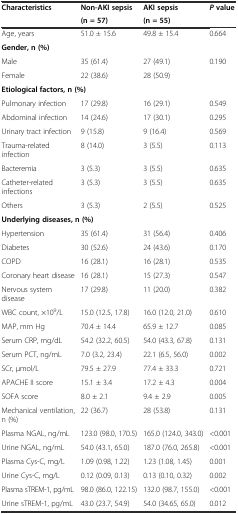
<table><thead><tr><td rowspan="2"><b>Characteristics</b></td><td><b>Non-AKI sepsis</b></td><td><b>AKI sepsis</b></td><td rowspan="2"><b><i>P</i>value</b></td></tr><tr><td><b>(n = 57)</b></td><td><b>(n = 55)</b></td></tr></thead><tbody><tr><td>Age, years</td><td>51.0 ± 15.6</td><td>49.8 ± 15.4</td><td>0.664</td></tr><tr><td colspan="4"><b>Gender, n (%)</b></td></tr><tr><td>Male</td><td>35 (61.4)</td><td>27 (49.1)</td><td rowspan="2">0.190</td></tr><tr><td>Female</td><td>22 (38.6)</td><td>28 (50.9)</td></tr><tr><td colspan="4"><b>Etiological factors, n (%)</b></td></tr><tr><td>Pulmonary infection</td><td>17 (29.8)</td><td>16 (29.1)</td><td>0.549</td></tr><tr><td>Abdominal infection</td><td>14 (24.6)</td><td>17 (30.1)</td><td>0.295</td></tr><tr><td>Urinary tract infection</td><td>9 (15.8)</td><td>9 (16.4)</td><td>0.569</td></tr><tr><td>Trauma-related infection</td><td>8 (14.0)</td><td>3 (5.5)</td><td>0.113</td></tr><tr><td>Bacteremia</td><td>3 (5.3)</td><td>3 (5.5)</td><td>0.635</td></tr><tr><td>Catheter-related infections</td><td>3 (5.3)</td><td>3 (5.5)</td><td>0.635</td></tr><tr><td>Others</td><td>3 (5.3)</td><td>2 (5.5)</td><td>0.525</td></tr><tr><td colspan="4"><b>Underlying diseases, n (%)</b></td></tr><tr><td>Hypertension</td><td>35 (61.4)</td><td>31 (56.4)</td><td>0.406</td></tr><tr><td>Diabetes</td><td>30 (52.6)</td><td>24 (43.6)</td><td>0.170</td></tr><tr><td>COPD</td><td>16 (28.1)</td><td>16 (28.1)</td><td>0.535</td></tr><tr><td>Coronary heart disease</td><td>16 (28.1)</td><td>15 (27.3)</td><td>0.547</td></tr><tr><td>Nervous system disease</td><td>17 (29.8)</td><td>11 (20.0)</td><td>0.382</td></tr><tr><td>WBC count, ×10<sup>9</sup>/L</td><td>15.0 (12.5, 17.8)</td><td>16.0 (12.0, 21.0)</td><td>0.610</td></tr><tr><td>MAP, mm Hg</td><td>70.4 ± 14.4</td><td>65.9 ± 12.7</td><td>0.085</td></tr><tr><td>Serum CRP, mg/dL</td><td>54.2 (32.2, 60.5)</td><td>54.0 (43.3, 67.8)</td><td>0.131</td></tr><tr><td>Serum PCT, ng/mL</td><td>7.0 (3.2, 23.4)</td><td>22.1 (6.5, 56.0)</td><td>0.002</td></tr><tr><td>SCr, μmol/L</td><td>79.5 ± 27.9</td><td>77.4 ± 33.3</td><td>0.721</td></tr><tr><td>APACHE II score</td><td>15.1 ± 3.4</td><td>17.2 ± 4.3</td><td>0.004</td></tr><tr><td>SOFA score</td><td>8.0 ± 2.1</td><td>9.4 ± 2.9</td><td>0.005</td></tr><tr><td>Mechanical ventilation, n (%)</td><td>22 (36.7)</td><td>28 (53.8)</td><td>0.131</td></tr><tr><td>Plasma NGAL, ng/mL</td><td>123.0 (98.0, 170.5)</td><td>165.0 (124.0, 343.0)</td><td>&lt;0.001</td></tr><tr><td>Urine NGAL, ng/mL</td><td>54.0 (43.1, 65.0)</td><td>187.0 (76.0, 265.8)</td><td>&lt;0.001</td></tr><tr><td>Plasma Cys-C, mg/L</td><td>1.09 (0.98, 1.22)</td><td>1.23 (1.08, 1.45)</td><td>0.001</td></tr><tr><td>Urine Cys-C, mg/L</td><td>0.12 (0.09, 0.13)</td><td>0.13 (0.10, 0.32)</td><td>0.002</td></tr><tr><td>Plasma sTREM-1, pg/mL</td><td>98.0 (86.0, 122.15)</td><td>132.0 (98.7, 155.0)</td><td>&lt;0.001</td></tr><tr><td>Urine sTREM-1, pg/mL</td><td>43.0 (23.7, 54.9)</td><td>54.0 (34.65, 65.0)</td><td>0.012</td></tr></tbody></table>